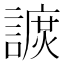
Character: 𧫽